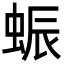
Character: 蜄